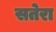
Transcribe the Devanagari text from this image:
सतेरा